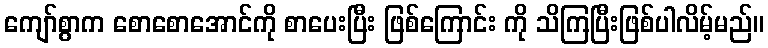
ကျော်စွာက စောစောအောင်ကို စာပေးပြီး ဖြစ်ကြောင်း ကို သိကြပြီးဖြစ်ပါလိမ့်မည်။